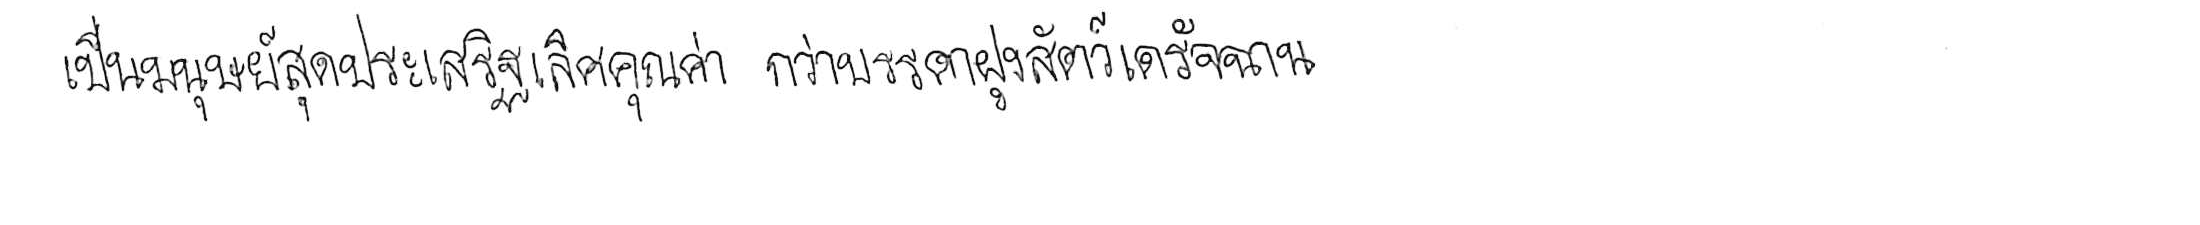
เป็นมนุษย์สุดประเสริฐเลิศคุณค่า กว่าบรรดาฝูงสัตว์เดรัจฉาน